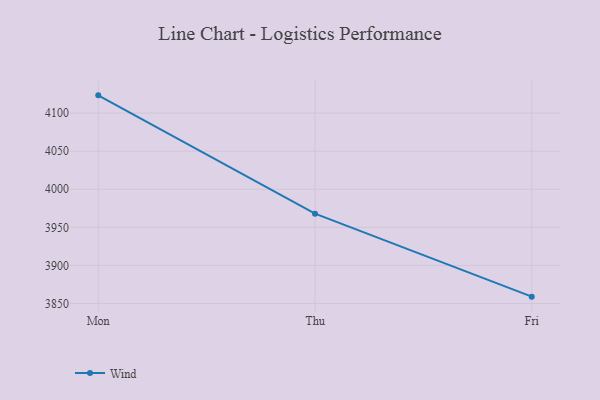
{"axis": {"x": "Day", "y": "Active Users"}, "legend": ["Wind"], "data": [{"x": "Mon", "y": 4123.3, "type": "Wind"}, {"x": "Thu", "y": 3968.0, "type": "Wind"}, {"x": "Fri", "y": 3859.0, "type": "Wind"}]}